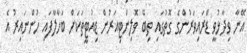
އޭނާ ވިދާޅުވީ ޑްރައިވަރުންގެ ގޮތުގައި ތިބޭ ވޮލިންޓިއަރުން ޑިއުޓީތަކަށް ބަހާލާފައި ހުންނައިރު އެ